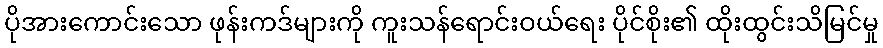
ပိုအားကောင်းသော ဖုန်းကဒ်များကို ကူးသန်ရောင်းဝယ်ရေး ပိုင်စိုး၏ ထိုးထွင်းသိမြင်မှု